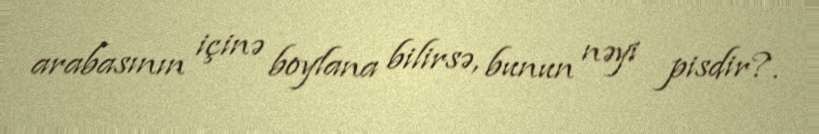
arabasının içinə boylana bilirsə, bunun nəyi pisdir?.